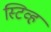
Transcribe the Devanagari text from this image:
स्टिव्ह